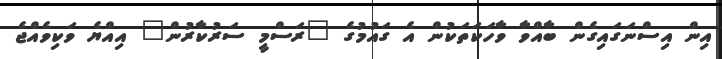
އިން އިސްނަގައިގެން ބާއްވާ ވާހަކަތަކުން އެ ގައުމުގެ "ރަސްމީ ސަރުކާރުން" އިއްޔެ ވަކިވެއްޖެ